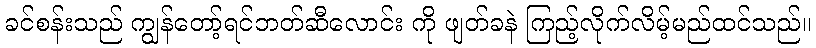
ခင်စန်းသည် ကျွန်တော့်ရင်ဘတ်ဆီလောင်း ကို ဖျတ်ခနဲ ကြည့်လိုက်လိမ့်မည်ထင်သည်။